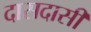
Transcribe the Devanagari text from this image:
दासदासी